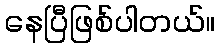
နေပြီဖြစ်ပါတယ်။